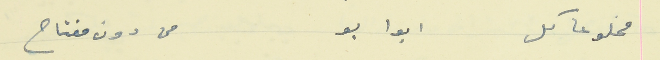
مخلوعا كل ابوابو                                         من دون مفتاح